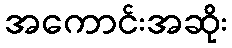
အကောင်းအဆိုး